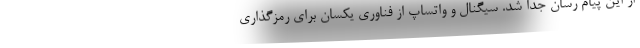
از این پیام رسان جدا شد. سیگنال و واتساپ از فناوری یکسان برای رمزگذاری